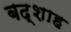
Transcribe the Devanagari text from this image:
बद्शाह